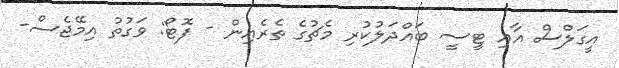
އީގަލްސް އާއި ޓީސީ ބައްދަލުކުރި މެޗުގެ ތެރެއިން - ފޮޓޯ: ވަގުތު އިމޭޖެސް-